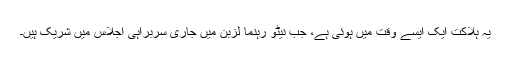
یہ ہلاکت ایک ایسے وقت میں ہوئی ہے، جب نیٹو رہنما لزبن میں جاری سربراہی اجلاس میں شریک ہیں۔